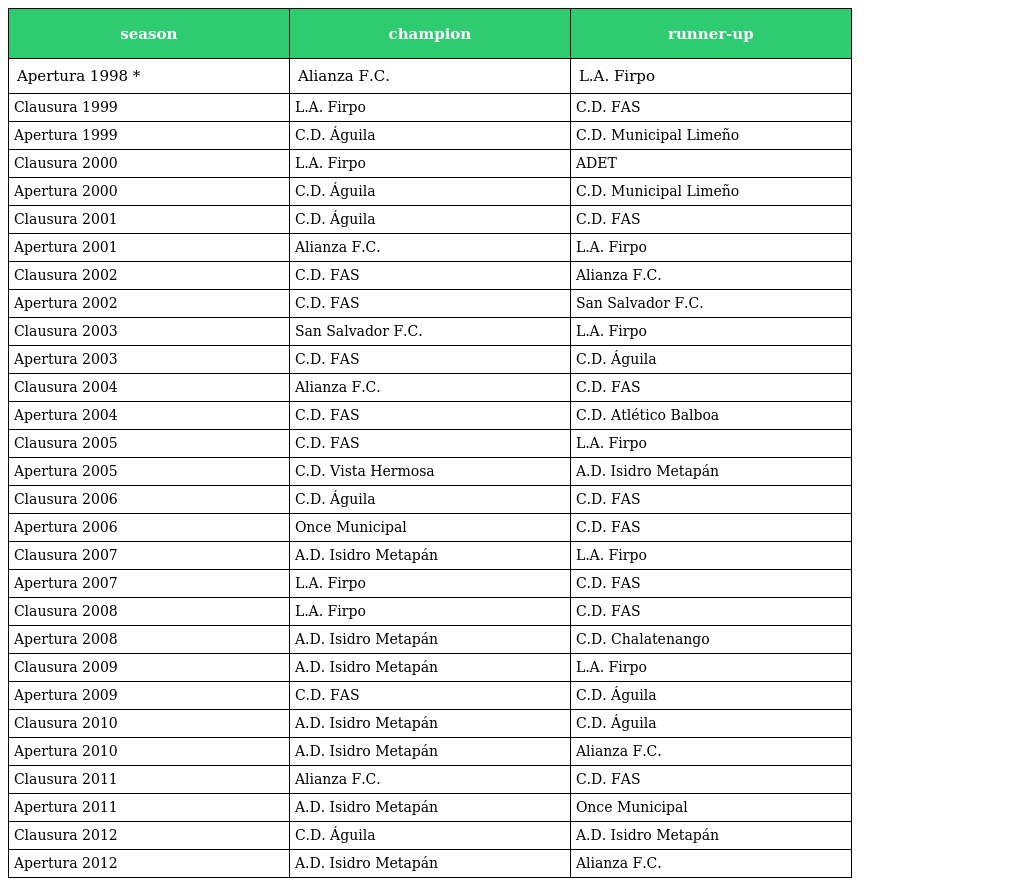
| season | champion | runner-up |
 | --- | --- | --- |
 | Apertura 1998 * | Alianza F.C. | L.A. Firpo |
 | Clausura 1999 | L.A. Firpo | C.D. FAS |
 | Apertura 1999 | C.D. Águila | C.D. Municipal Limeño |
 | Clausura 2000 | L.A. Firpo | ADET |
 | Apertura 2000 | C.D. Águila | C.D. Municipal Limeño |
 | Clausura 2001 | C.D. Águila | C.D. FAS |
 | Apertura 2001 | Alianza F.C. | L.A. Firpo |
 | Clausura 2002 | C.D. FAS | Alianza F.C. |
 | Apertura 2002 | C.D. FAS | San Salvador F.C. |
 | Clausura 2003 | San Salvador F.C. | L.A. Firpo |
 | Apertura 2003 | C.D. FAS | C.D. Águila |
 | Clausura 2004 | Alianza F.C. | C.D. FAS |
 | Apertura 2004 | C.D. FAS | C.D. Atlético Balboa |
 | Clausura 2005 | C.D. FAS | L.A. Firpo |
 | Apertura 2005 | C.D. Vista Hermosa | A.D. Isidro Metapán |
 | Clausura 2006 | C.D. Águila | C.D. FAS |
 | Apertura 2006 | Once Municipal | C.D. FAS |
 | Clausura 2007 | A.D. Isidro Metapán | L.A. Firpo |
 | Apertura 2007 | L.A. Firpo | C.D. FAS |
 | Clausura 2008 | L.A. Firpo | C.D. FAS |
 | Apertura 2008 | A.D. Isidro Metapán | C.D. Chalatenango |
 | Clausura 2009 | A.D. Isidro Metapán | L.A. Firpo |
 | Apertura 2009 | C.D. FAS | C.D. Águila |
 | Clausura 2010 | A.D. Isidro Metapán | C.D. Águila |
 | Apertura 2010 | A.D. Isidro Metapán | Alianza F.C. |
 | Clausura 2011 | Alianza F.C. | C.D. FAS |
 | Apertura 2011 | A.D. Isidro Metapán | Once Municipal |
 | Clausura 2012 | C.D. Águila | A.D. Isidro Metapán |
 | Apertura 2012 | A.D. Isidro Metapán | Alianza F.C. |